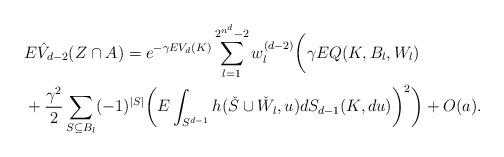
LaTeX: \begin{align*} &E \hat{V}_{d-2} (Z\cap A)= e^{-\gamma EV_d(K)} \sum_{l=1}^{2^{n^d}-2} w_l^{(d-2)} \bigg(\gamma EQ(K,B_l,W_l)\\&+ \frac{\gamma^2}{2}\sum_{S\subseteq B_l} (-1)^{|S|}\bigg(E\int_{S^{d-1}} h(\check{S}\cup \check{W}_l,u) dS_{d-1}(K,du)\bigg)^2\bigg) + O(a). \end{align*}